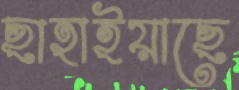
ছাহাইয়াছে